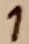
Text: 1